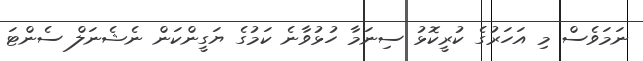
ނަމަވެސް މި އަހަރުގެ ކުރީކޮޅު ސިނަމާ ހުޅުވާނެ ކަމުގެ ޔަގީންކަން ނެޝެނަލް ސެންޓަ